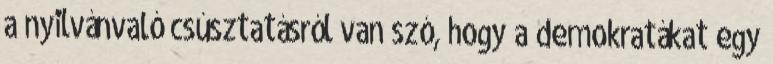
a nyilvánvaló csúsztatásról van szó, hogy a demokratákat egy